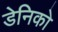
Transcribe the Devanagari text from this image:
डेनिको